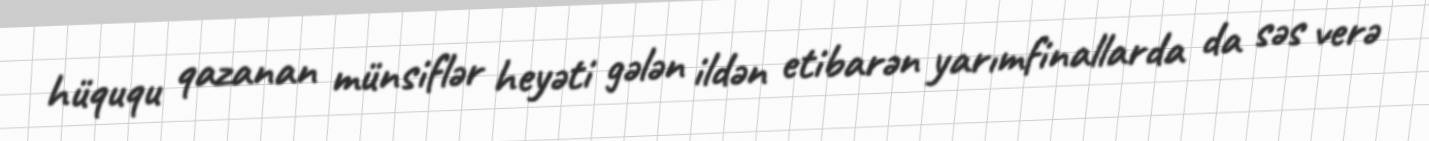
hüququ qazanan münsiflər heyəti gələn ildən etibarən yarımfinallarda da səs verə